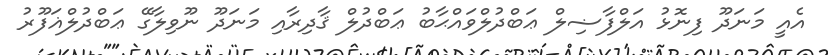
އެއީ މަނަދޫ ފިނޮޅު އަލްފާޟިލް ޢަބްދުލްވައްޙާބު ޢަބްދުލް ޤާދިރާއި މަނަދޫ ނޫވިލާގޭ ޢަބްދުލްޣަފޫރު